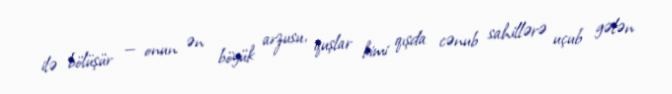
ilə bölüşür — onun ən böyük arzusu, quşlar kimi qışda cənub sahillərə uçub gələn